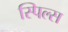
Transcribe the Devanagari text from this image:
स्पिल्स